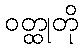
ဝတ္ထုတို